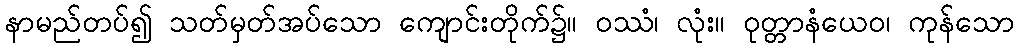
နာမည်တပ်၍ သတ်မှတ်အပ်သော ကျောင်းတိုက်၌။ ဝဿံ၊ လုံး။ ဝုတ္တာနံယေဝ၊ ကုန်သော